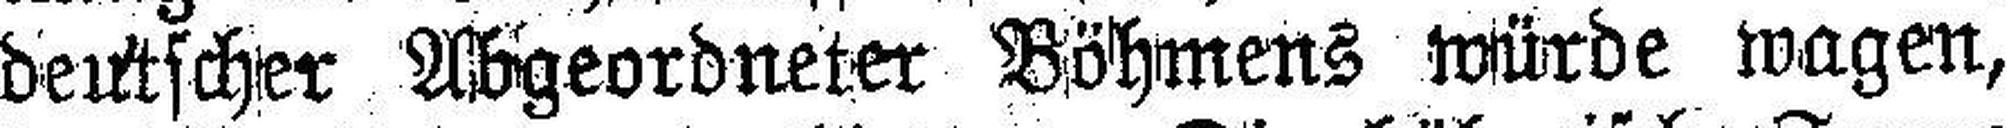
deutscher Abgeordneter Böhmens würde wagen,